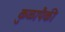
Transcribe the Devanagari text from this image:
कुळापैकी